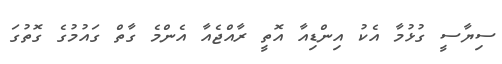
ސިޔާސީ ގުޅުމާ އެކު އިންޑިއާ އޮތީ ރާއްޖެއާ އެންމެ ގާތް ގައުމުގެ ގޮތުގަ